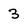
Character: 3